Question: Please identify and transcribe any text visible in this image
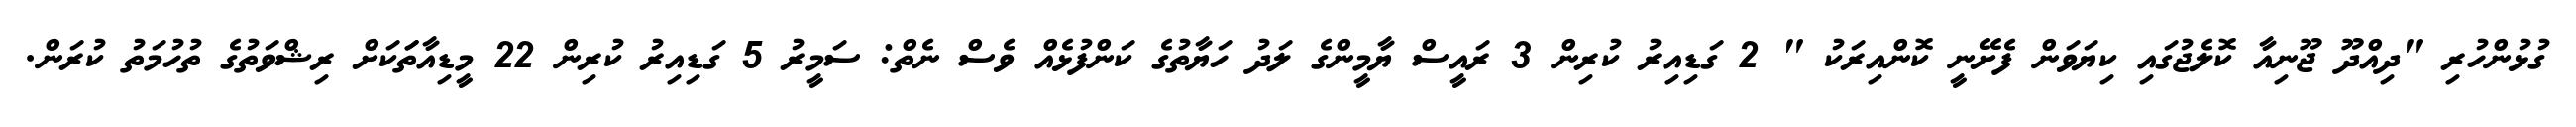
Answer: ގުޅުންހުރި "ދިއްދޫ ޖޫނިއާ ކޮލެޖުގައި ކިޔަވަން ފެށޭނީ ކޮންއިރަކު " 2 ގަޑިއިރު ކުރިން 3 ރައީސް ޔާމީންގެ ލަދު ހަޔާތުގެ ކަންފުޅެއް ވެސް ނެތް: ސަމީރު 5 ގަޑިއިރު ކުރިން 22 މީޑިއާތަަކަށް ރިޝްވަތުގެ ތުހުމަތު ކުރަން.